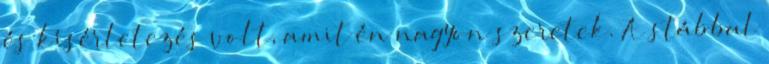
és kísérletezés volt, amit én nagyon szeretek. A stábbal